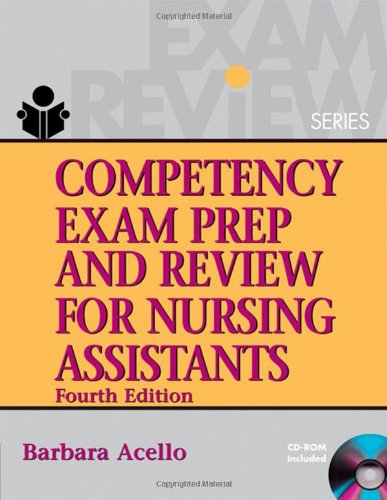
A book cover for Competency Exam Prep and Review for Nursing Assistants (Test Preparation); Barbara Acello; Medical Books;